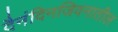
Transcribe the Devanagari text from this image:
दैनंदिनजिवनातील